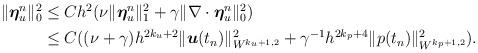
LaTeX: \begin{align*}\begin{aligned}\|\boldsymbol{\eta}_u^n\|_0^2&\leq C h^2(\nu\|\boldsymbol{\eta}_u^n\|_1^2+\gamma\| \nabla\cdot\boldsymbol{\eta}_u^n\|_0^2) \\ &\leq C ((\nu+ \gamma)h^{2k_u+2}\|\boldsymbol{u}(t_n)\|_{W^{k_u+1,2}}^2+\gamma^{-1}h^{2k_p+4}\|p(t_n)\|_{W^{k_p+1,2}}^2). \end{aligned}\end{align*}